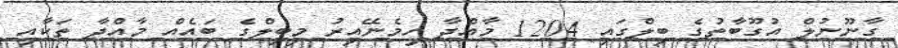
ގާނޫނުލް އުގޫބާތުގެ ބިލްގައި 1204 މާއްދާ ހިމެނޭއިރު މިބިލްގެ ބައެއް މާއްދާ ތަކާއި